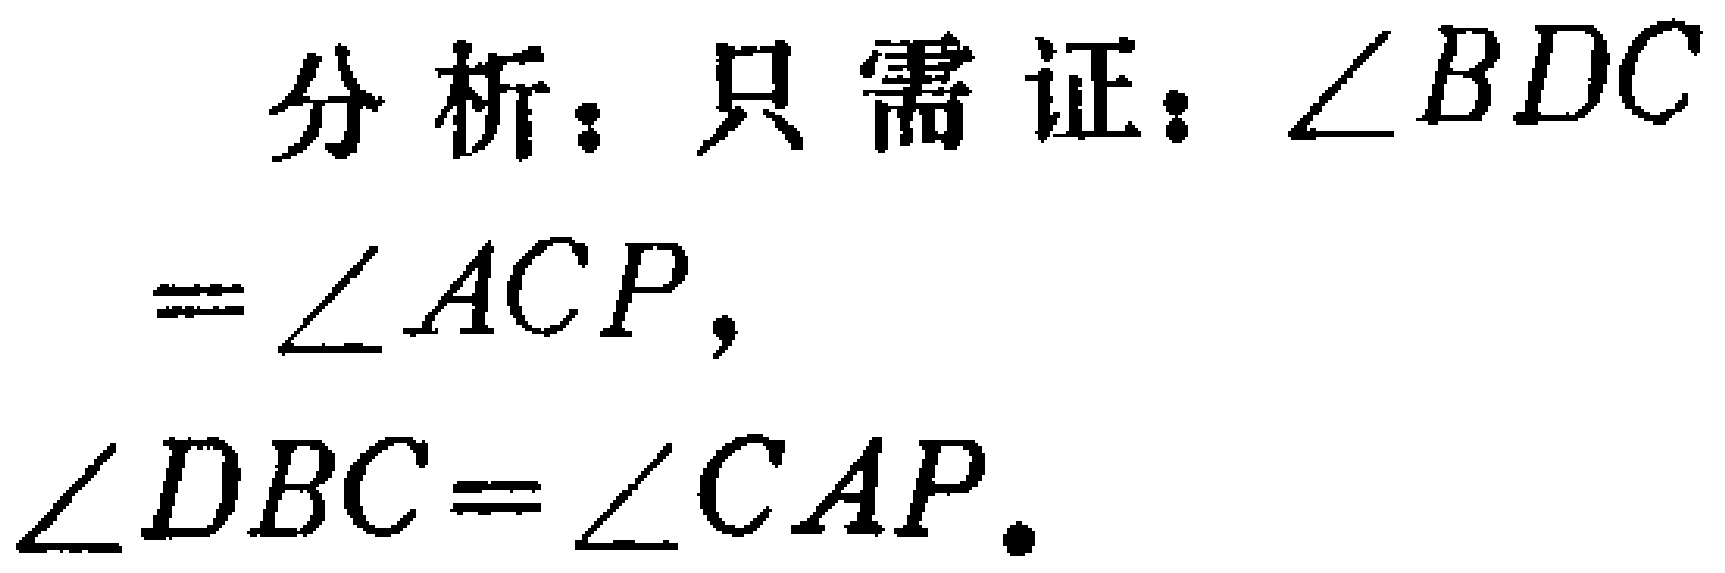
分析：只需证：\(\angle BDC = \angle ACP\)，\(\angle DBC=\angle CAP\).